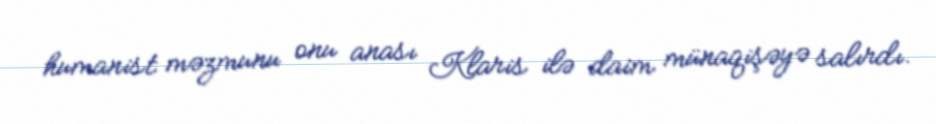
humanist məzmunu onu anası Klaris ilə daim münaqişəyə salırdı.